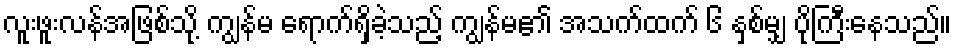
လူးဖူးလန်အဖြစ်သို့ ကျွန်မ ရောက်ရှိခဲ့သည့် ကျွန်မ၏ အသက်ထက် ၆ နှစ်မျှ ပိုကြီးနေသည်။